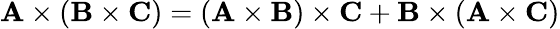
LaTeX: \mathbf{A}\times(\mathbf{B}\times\mathbf{C})=(\mathbf{A}\times\mathbf{B})\times\mathbf{C}+\mathbf{B}\times(\mathbf{A}\times\mathbf{C})